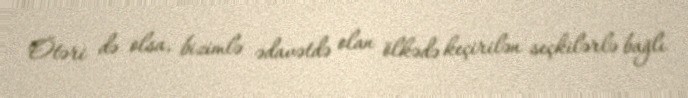
Ötəri də olsa, bizimlə ədavətdə olan ölkədə keçirilən seçkilərlə bağlı